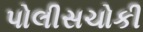
પોલીસચોકી